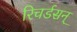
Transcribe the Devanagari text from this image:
रिचर्डसन्